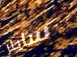
سايلر